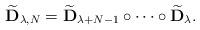
LaTeX: \begin{gather*}\widetilde{\mathbf D}_{\lambda,N} = \widetilde {\mathbf D}_{\lambda+N-1}\circ \cdots \circ \widetilde {\mathbf D}_\lambda.\end{gather*}